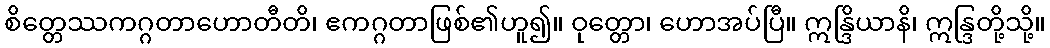
စိတ္တေဿကဂ္ဂတာဟောတီတိ၊ ဧကဂ္ဂတာဖြစ်၏ဟူ၍။ ဝုတ္တော၊ ဟောအပ်ပြီ။ ဣန္ဒြိယာနိ၊ ဣန္ဒြတို့သို့။